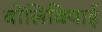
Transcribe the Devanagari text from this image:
बोलिवियाई